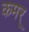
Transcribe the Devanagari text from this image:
कमर्